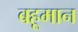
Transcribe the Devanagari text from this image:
बहूमान